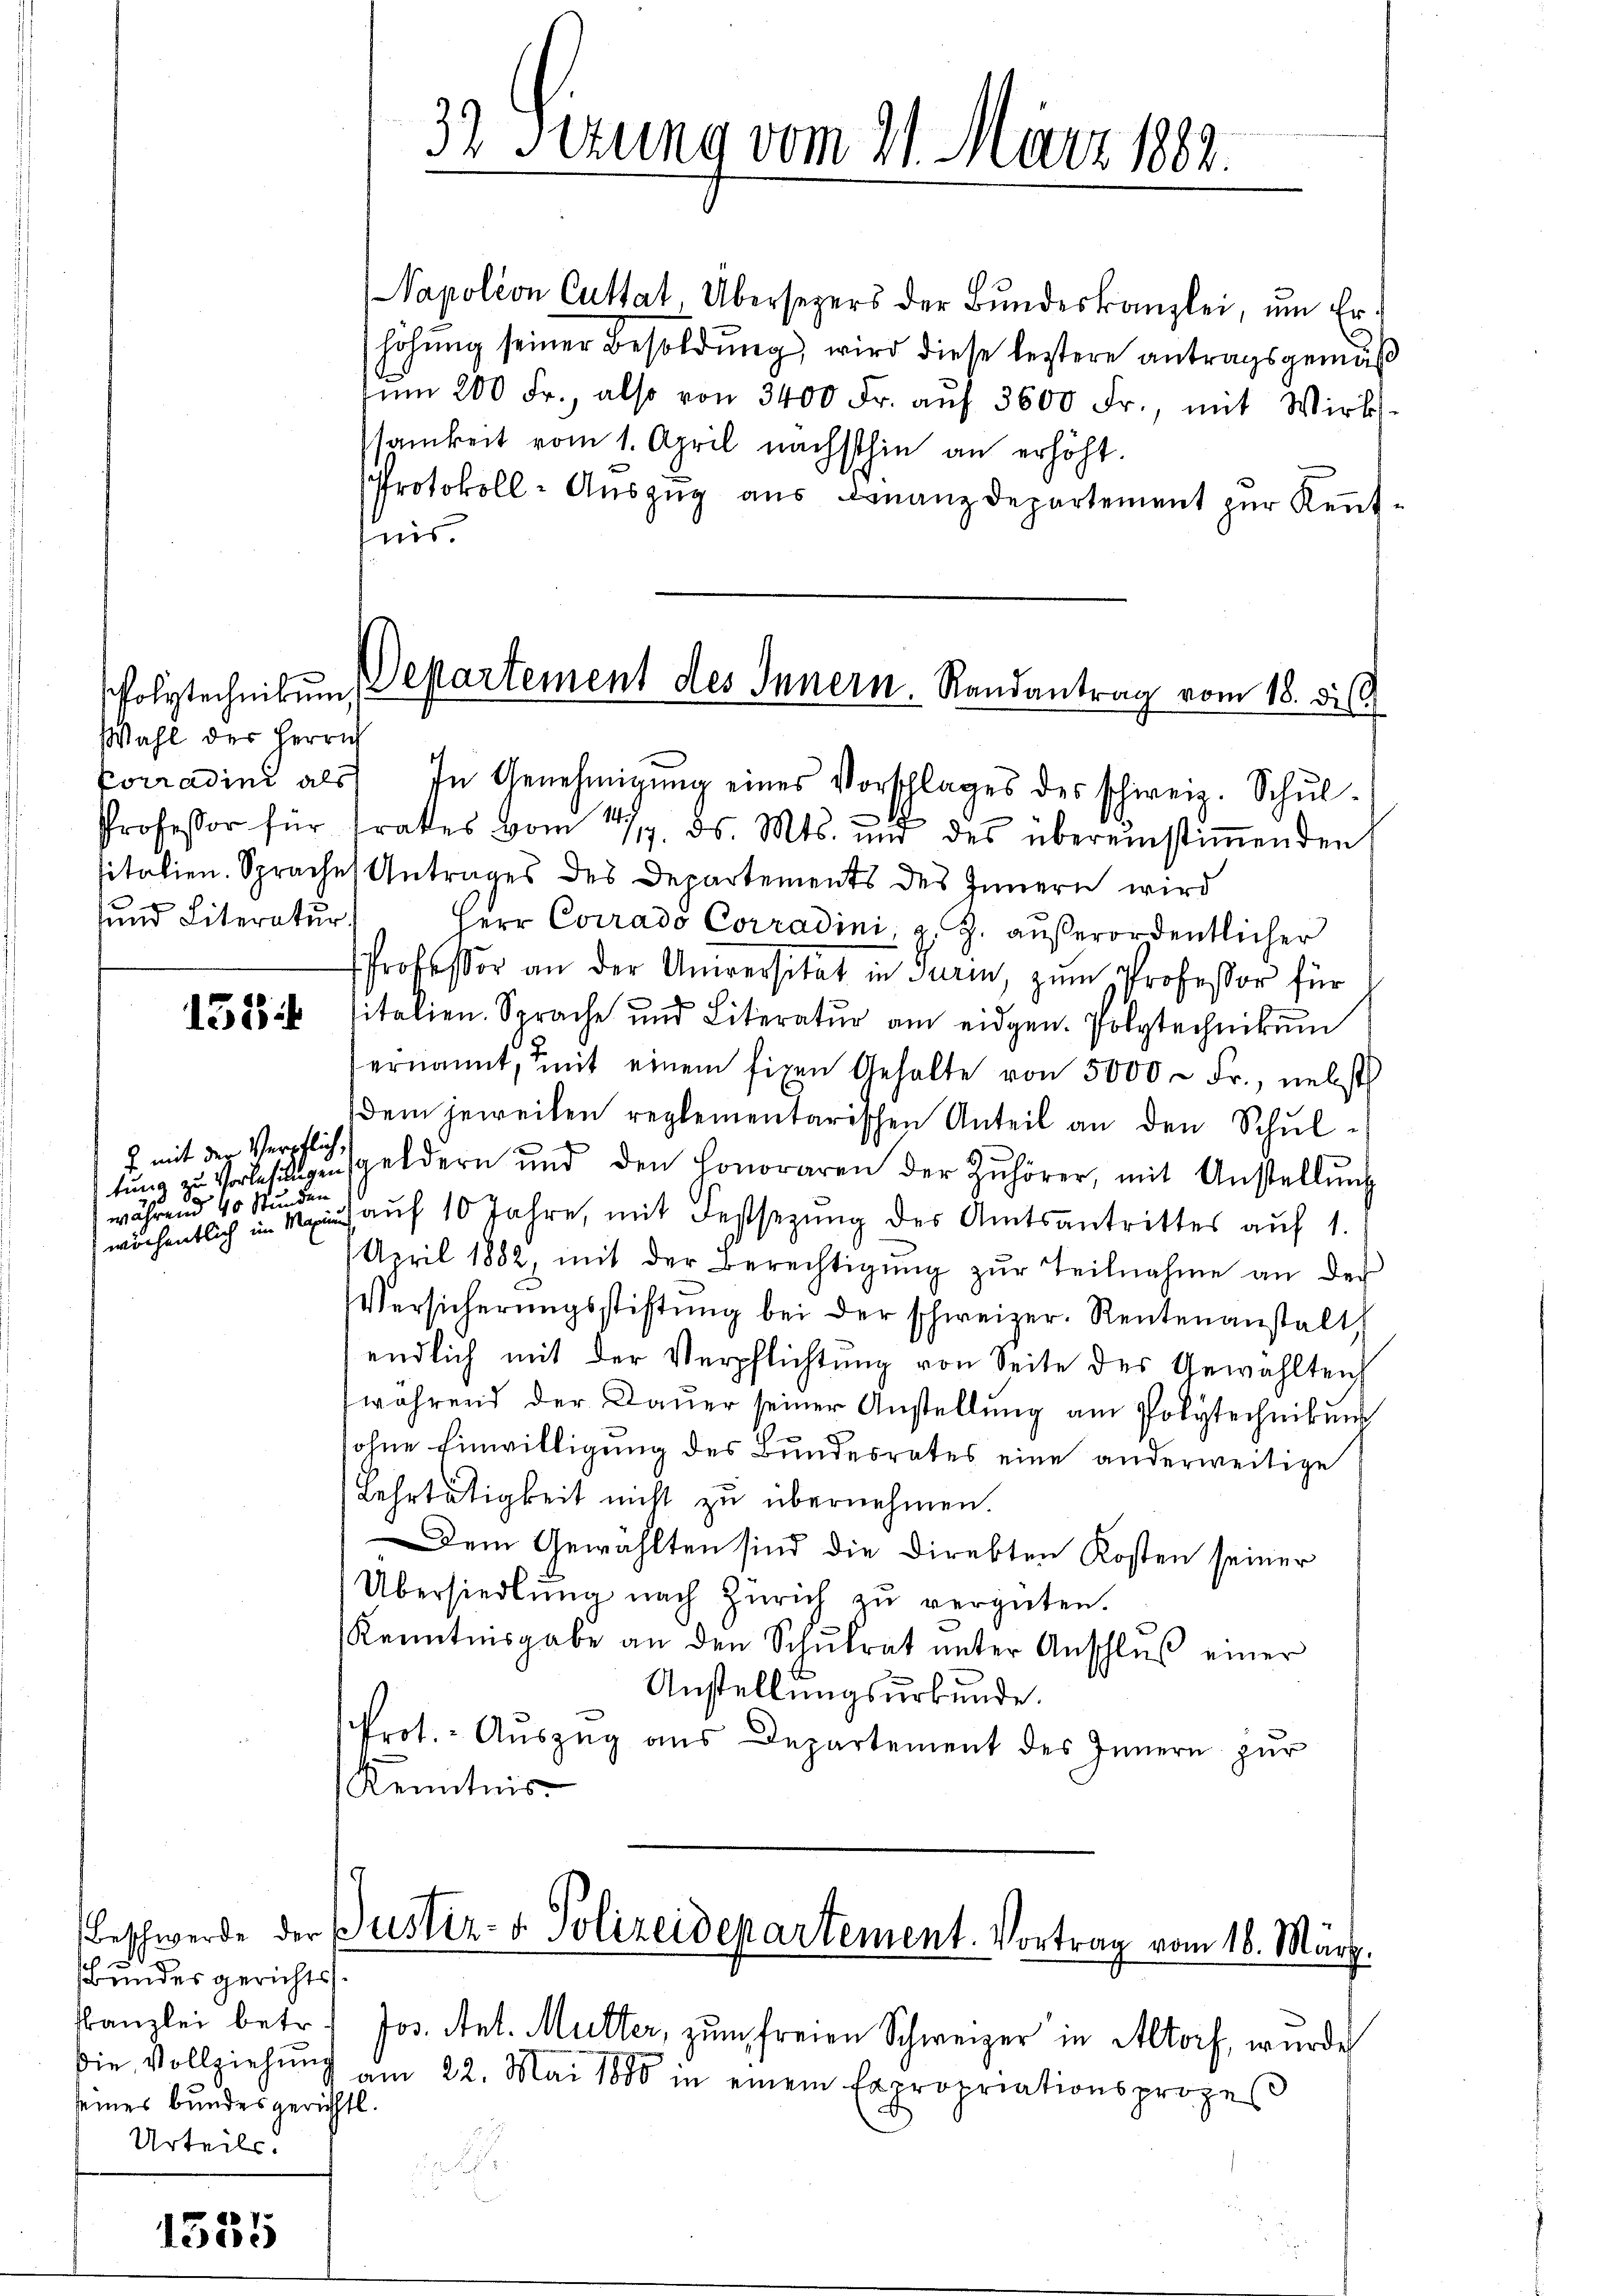
Polytechnikum
Wahl des Herrich
sund Literatur.

153

J. mit der Verpflich,
während 40 Stunden

V
lesen

.
Bundes gerichts.
Kanzlei betr.
die Vollziehung
seines Bundesgerichtl.
Urteils.

32 Sizung vom 21. März 1882.

Napoleon Cuttat, Übersezers der Bŭndeskanzlei, um Erhöhung seiner Besoldung wird diese leztere antragsgemäß
tŭm 200 Fr., also von 3400 Fr. aŭf 3600 Fr., mit Wirks-
samkeit vom 1. April nächsthin an erhöht.
Protokoll-Aŭszŭg aŭs Finanzdepartement zŭr Keṅt-
nis.
Departement des Innern. Randantrag vom 18. dis

Porradini als In Genehmigŭng eines Vorschlages des schweiz. Schŭl-
1
Professor für frates vom 1419. ds. Mts. und des übereinstiṁenden
sitalien. Sprache, Antrages des Departements des Innern wird
Herr Corrado Corradini, z. Z. aŭβerordentlicher
Professor an der Universität in Turin, zum Professor für
sitalien. Sprache und Literatŭr am eidgen. Polytechnikum
ernannt, mit einem fixen Gehalte von 5000 Fr., nebst
dem jeweilen reglementarischen Anteil an den Schŭl-
tŭng zu Vorlesungensgeldern und den Honoraren der Zuhörer, mit Anstellŭng
wöchentlich im Mais aŭf 10 Jahre, mit Festsezung des Amtsantrittes auf 1.
April 1882, mit der Berechtigŭng zŭr Teilnahme an des
Versicherŭngsstiftŭng bei der schweizer. Rentenanstalt
endlich mit der Verpflichtung von Seite des Gewählteich
während der Dauer seiner Anstellung am Polytechnikum
ohne Einwilligung des Bundesrates eine anderweitige
Lehrtätigkeit nicht zu übernehmen.
Dem Gewählten sind die Direkten Kosten seiner
Übersiedlung nach Zürich zu vergüten.
Kenntnisgabe an den Schŭlrat ŭnter Anschlŭβ einer
Anstellungsurkunde.
Prot. - Auszug aus Departement des Innern zur
Kenntnis

(Beschwerde der Justiz- & Polizeidepartement. Vortrag vom 16. März.

Jos. Art. Mutter, zum freien Schweizer in Altorf, wurde
am 22. Mai 1880 in einem Expropriationsprozes